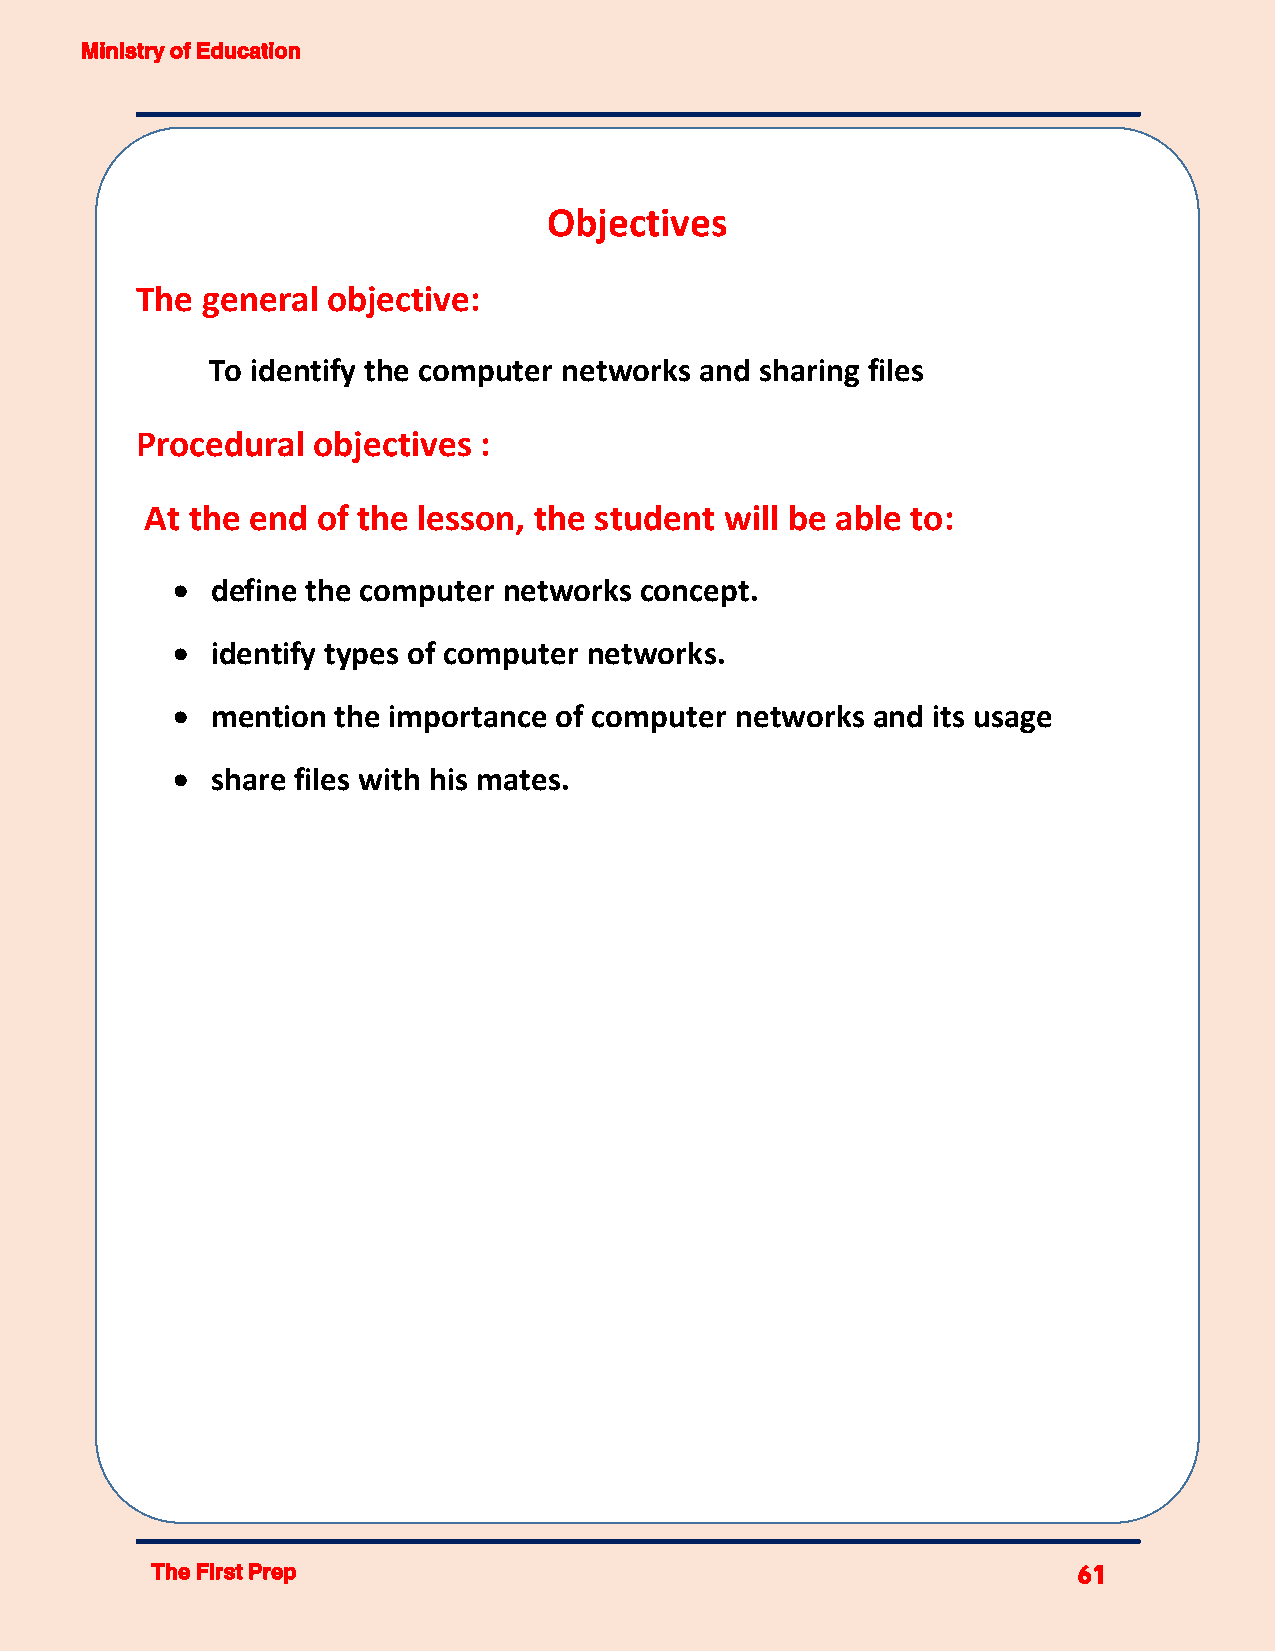
Ministry of Education
 Objectives
 The general  objective:
 To identify the computer networks and sharing files
 Procedural  objectives :
 At the end of the lesson, the student will be able to:
   define the computer networks concept.
   identify types of computer networks.
   mention the importance of computer networks and its usage
   share files with his mates.
 The First Prep                                               61